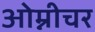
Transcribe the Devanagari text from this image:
ओम्नीचर